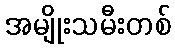
အမျိုးသမီးတစ်